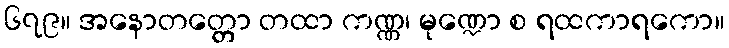
၆၇၉။ အနောတတ္တော တထာ ကဏ္ဏ၊ မုဏ္ဍော စ ရထကာရကော။